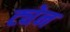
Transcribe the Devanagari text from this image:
ट्येन